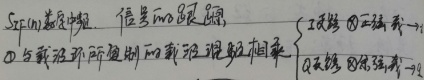
5G的演进是 信息的跟随源\textcircled{1}车载远程所辐射的载流跟车相乘\textcircled{2}天然 \textcircled{4}环球我一\textcircled{3}天然 \textcircled{4}环球我一